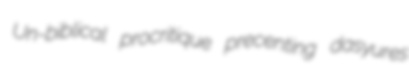
Un-biblical procritique precenting dasyures